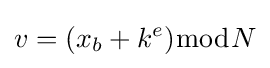
v=(x_{b}+k^{e}){\bmod {N}}